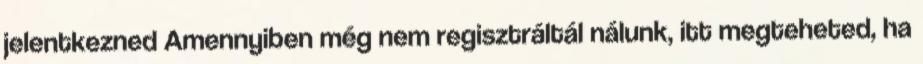
jelentkezned Amennyiben még nem regisztráltál nálunk, itt megteheted, ha